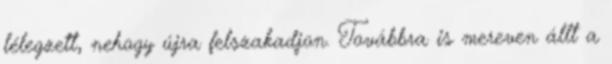
lélegzett, nehogy újra felszakadjon. Továbbra is mereven állt a